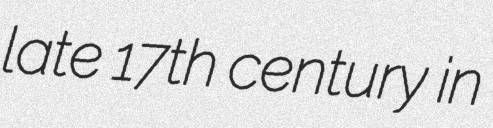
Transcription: late 17th century in